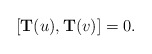
\begin{align*}[{\bf T}(u),{\bf T}(v)] = 0. \end{align*}